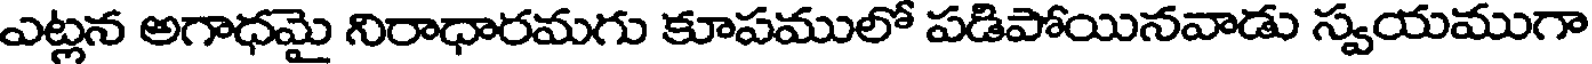
ఎట్లన అగాధమై నిరాధారమగు కూపములో పడిపోయినవాడు స్వయముగా